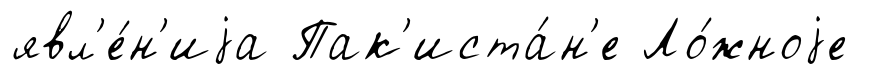
явл'е́н'иjа Пак'иста́н'е Ло́жноjе